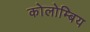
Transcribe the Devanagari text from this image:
कोलोम्बिय